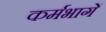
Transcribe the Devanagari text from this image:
कर्मभागें